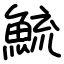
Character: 鯍